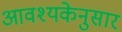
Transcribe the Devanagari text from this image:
आवश्यकेनुसार